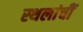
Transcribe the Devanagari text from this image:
स्थलांचीं